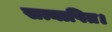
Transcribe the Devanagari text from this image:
सत्यापित।